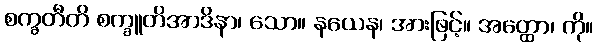
စက္ခတီတိ စက္ခူတိအာဒိနာ၊ သော။ နယေန၊ အားဖြင့်။ အတ္ထော၊ ကို။